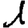
Digit: 1